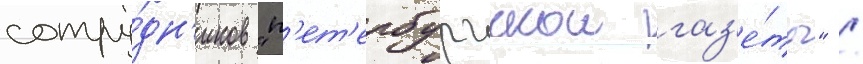
сотру́дн'иков "п'ет'ербургскои газ'е́ты" /